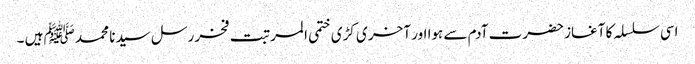
اسی سلسلہ کا آغاز حضرت آدم سے ہوا اور آخر ی کڑی ختمی المرتبت فخر رسل سیدنا محمد ﷺ ہیں ۔